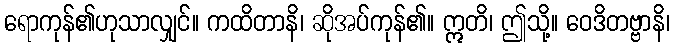
ရောကုန်၏ဟုသာလျှင်။ ကထိတာနိ၊ ဆိုအပ်ကုန်၏။ ဣတိ၊ ဤသို့။ ဝေဒိတဗ္ဗာနိ၊